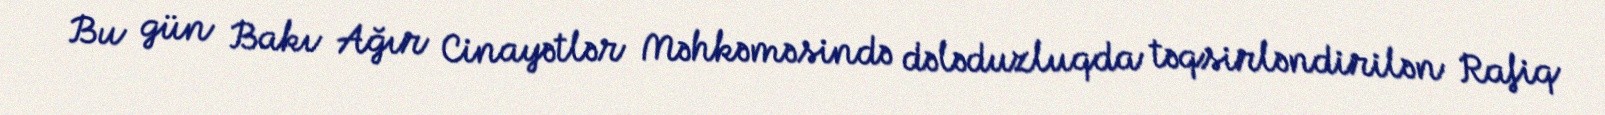
Bu gün Bakı Ağır Cinayətlər Məhkəməsində dələduzluqda təqsirləndirilən Rafiq